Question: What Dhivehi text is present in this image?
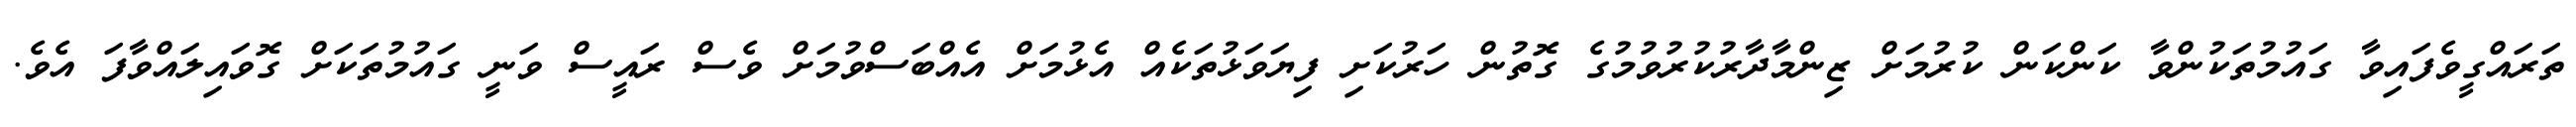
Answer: ތަރައްގީވެފައިވާ ގައުމުތަކުންވާ ކަންކަން ކުރުމަށް ޒިންމާދާރުކުރުވުމުގެ ގޮތުން ހަރުކަށި ފިޔަވަޅުތަކެއް އެޅުމަށް އެއްބަސްވުމަށް ވެސް ރައީސް ވަނީ ގައުމުތަކަށް ގޮވައިލައްވާފަ އެވެ.